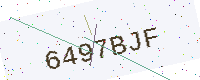
Text: 6497BJF